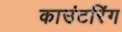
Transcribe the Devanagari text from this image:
काउंटरिंग